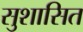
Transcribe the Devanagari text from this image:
सुशासित